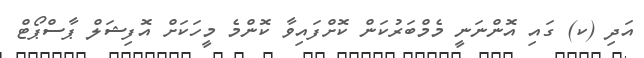
އަދި (ކ) ގައި އޮންނަނީ މެމްބަރުކަން ކޮށްފައިވާ ކޮންމެ މީހަކަށް އޮފިޝަލް ޕާސްޕޯޓް